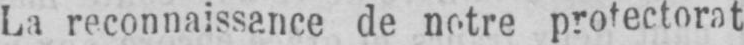
La reconnaissance de notre protectorat